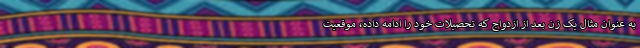
به عنوان مثال یک زن بعد از ازدواج که تحصیلات خود را ادامه داده، موقعیت